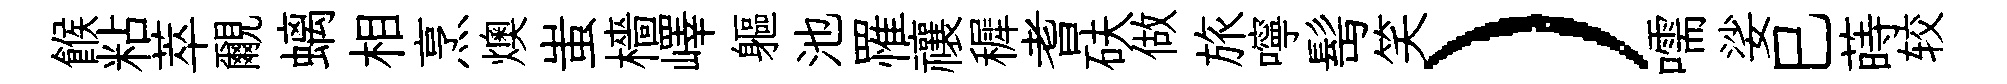
餱粘萃覼螭相烹燠蚩檣嶧軀池罹禳穉耆砆做旅嚀髩笑）嚅娑巳蒔较